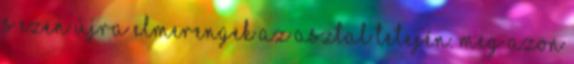
s ezen újra elmerengek az asztal tetején. Meg azon